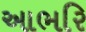
આભરિ